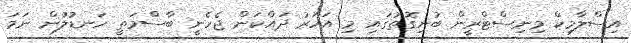
އިސްލާމިކް މިނިސްޓްރީން ބުނިގޮތުގައި މި އަހަރު ދައްކަން ޖެހެނީ ބާސްމަތީ ހަނޑުލުން ނަމަ